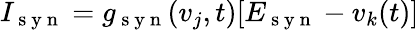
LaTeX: I_{\mathrm{~s~y~n~}}=g_{\mathrm{~s~y~n~}}(v_{j},t)[E_{\mathrm{~s~y~n~}}-v_{k}(t)]